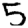
Digit: 5